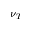
\nu _ { T }